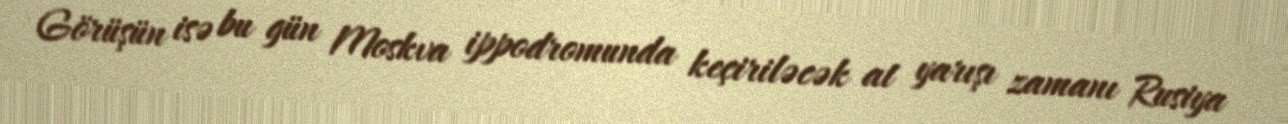
Görüşün isə bu gün Moskva ippodromunda keçiriləcək at yarışı zamanı Rusiya